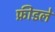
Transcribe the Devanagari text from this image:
फ्रीडले